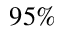
9 5 \%